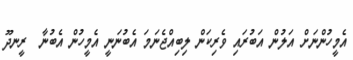
އެމީހުންނަށް އަލުން އަބުރައި ވެރިކަން ލިބިއްޖެނަމަ އެބުނަނީ އެމީހުން އެބުނާ  ރީނދޫ